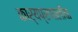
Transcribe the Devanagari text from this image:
कार्यप्रणालींचा